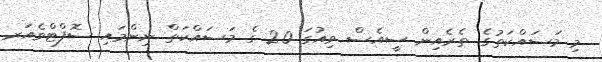
މި މަސައްކަތުގެ ތެރެއިން ސީއެސް ވިއުގަ 2.0 ގެ މަސައްކަތް ނިންމައި ސޮފްޓްވެއަރ